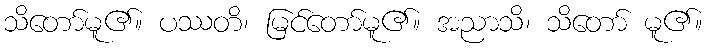
သိတော်မူ၏။ ပဿတိ၊ မြင်တော်မူ၏။ အညာသိ၊ သိတော် မူ၏။